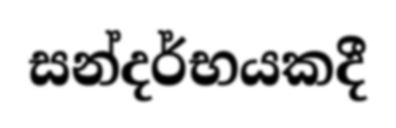
සන්දර්භයකදී